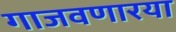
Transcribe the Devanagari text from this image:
गाजवणारया